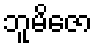
ဘူမိဇော